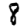
Digit: 8